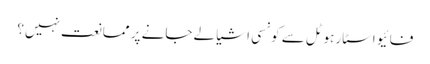
فائیو اسٹار ہوٹل سے کونسی اشیا لے جانے پر ممانعت نہیں؟